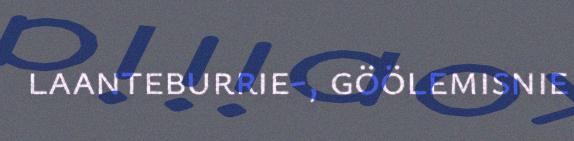
laanteburrie-, göölemisnie